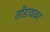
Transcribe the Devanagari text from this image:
तोंडावळा